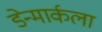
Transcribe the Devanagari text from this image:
डेन्मार्कला